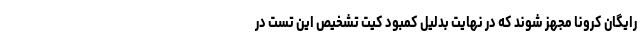
رایگان کرونا مجهز شوند که در نهایت بدلیل کمبود کیت تشخیص این تست در